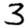
Digit: 3